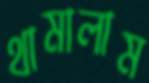
থামালাম